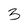
Character: 3